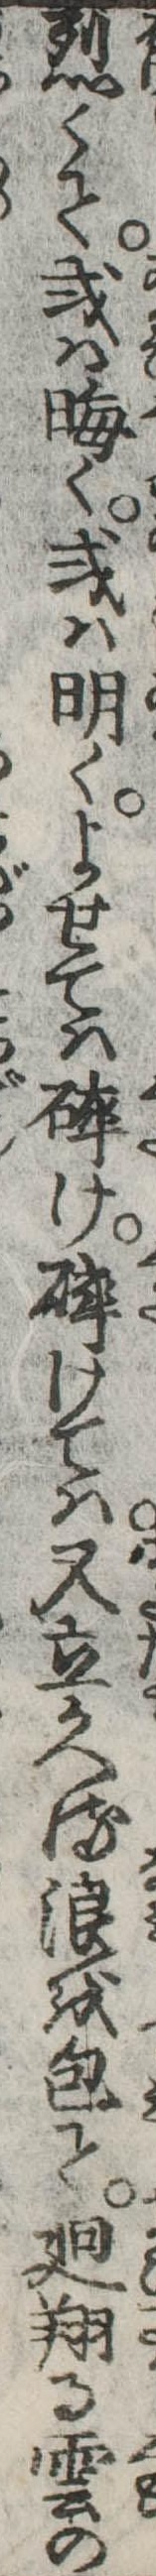
烈くて或は晦く或は明くよせては砕け砕けては又立かへる浪を包て廻翔る雲の